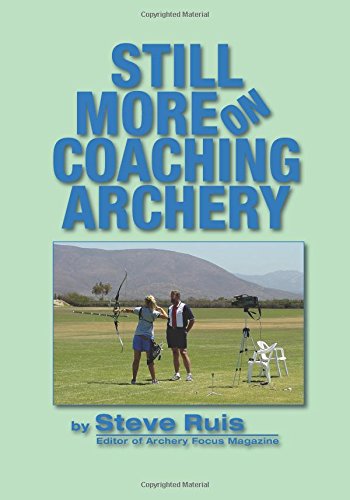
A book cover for Still More on Coaching Archery; Steve Ruis; Sports & Outdoors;